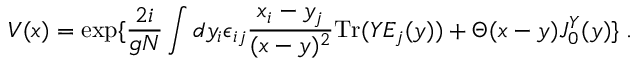
V ( x ) = \exp \{ { \frac { 2 i } { g N } } \int d y _ { i } \epsilon _ { i j } { \frac { x _ { i } - y _ { j } } { ( x - y ) ^ { 2 } } } \mathrm { T r } ( Y E _ { j } ( y ) ) + \Theta ( x - y ) J _ { 0 } ^ { Y } ( y ) \} \; .